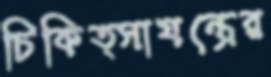
চিকিত্সাযন্ত্রের